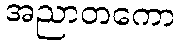
အညာတကော